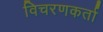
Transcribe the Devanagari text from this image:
विचरणकर्ता